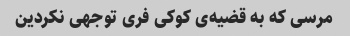
مرسی که به قضیه‌ی کوکی فری توجهی نکردین